Report on the working of the Ranchi Indian Mental Hospital, Kanke, in Bihar and Orissa - 1930-1940
Year: 1930
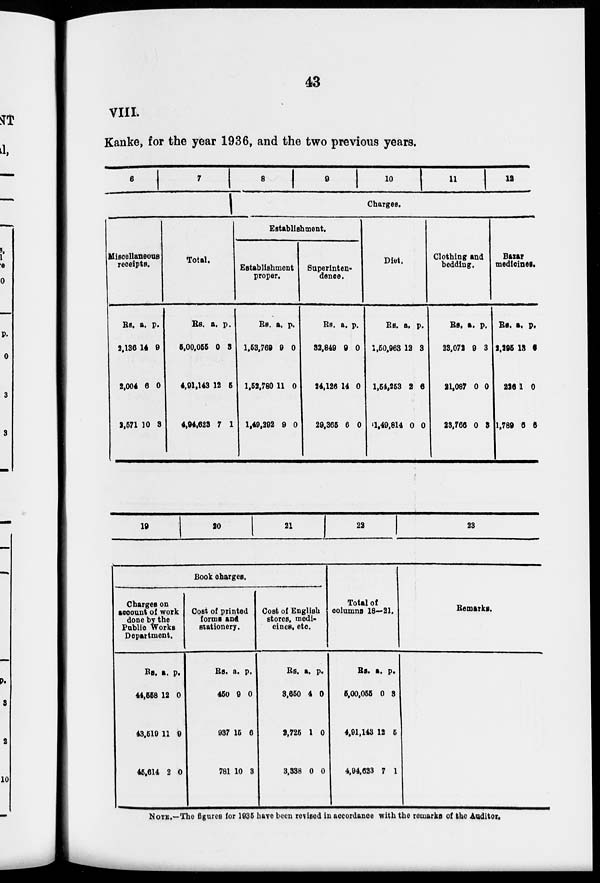
43
VIII.
Kanke, for the year 1936, and the two previous years.
6
7
Miscellaneous
receipts.
Rs.
2,136
2,004
2,571
a.
14
6
10
p.
9
0
3
Total.
Rs.
5,00,055
4,91,143
4,94,623
a.
0
12
7
p.
3
5
1
8
9
10
11
12
Charges.
Establishment.
Establishment
proper.
Rs.
1,53,769
1,52,780
1,49,292
a.
9
11
9
p.
0
0
0
Superinten-
dence.
Rs.
32,849
24,126
29,365
a.
9
14
6
p.
0
0
0
Diet.
Rs.
1,50,963
1,54,253
1,49,814
a.
12
2
0
p.
3
6
0
Clothing and
bedding.
Rs.
23,072
21,087
23,766
a.
9
0
0
p.
3
0
3
Bazar
medicines.
Rs.
2,295
226
1,789
a.
13
1
6
p.
6
0
6
19 20
21
22
23
Book charges.
Charges on
account of work
done by the
Public Works
Department.
Rs.
44,558
43,519
45,614
a.
12
11
2
p.
0
0
0
Cost of printed
forms and
stationery.
Rs.
450
937
781
a.
0
15
10
p.
0
6
3
Cost of English
stores, medi-
cines, etc
Rs.
3,650
2,725
3,338
a.
4
1
0
p.
0
0
0
Total of
columns 18—21.
Rs.
5,00,055
4,91,143
4,94,623
a.
0
12
7
p.
3
5
1
Remarks.
NOTE.—The figures for 1935 have been revised in accordance with the remarks of the Auditor.